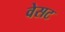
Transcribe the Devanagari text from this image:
वेसट